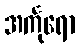
အင်္ကုရော